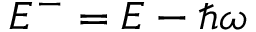
E ^ { - } = E - \hbar \omega